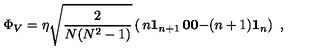
\Phi _ { V } = \eta \sqrt { \frac { 2 } { N ( N ^ { 2 } - 1 ) } } \left( \begin{matrix} { n { \bf 1 } _ { n + 1 } } & { { \bf 0 } } \\ { { \bf 0 } } & { - ( n + 1 ) { \bf 1 } _ { n } } \\ \end{matrix} \right) \ ,